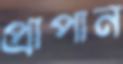
প্রাপান